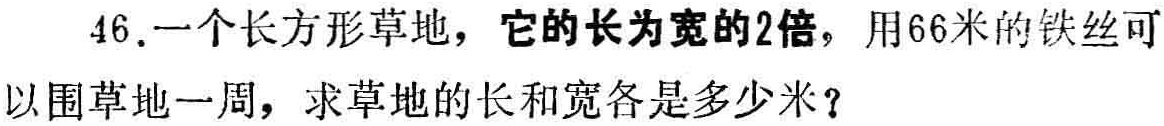
46.一个长方形草地，它的长为宽的2倍，用66米的铁丝可以围草地一周，求草地的长和宽各是多少米？